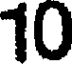
10